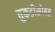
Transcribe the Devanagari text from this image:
तुकडीसोबत